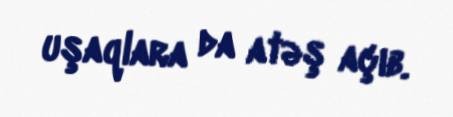
uşaqlara da atəş açıb.